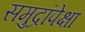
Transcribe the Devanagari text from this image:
समुद्रांपेक्षा